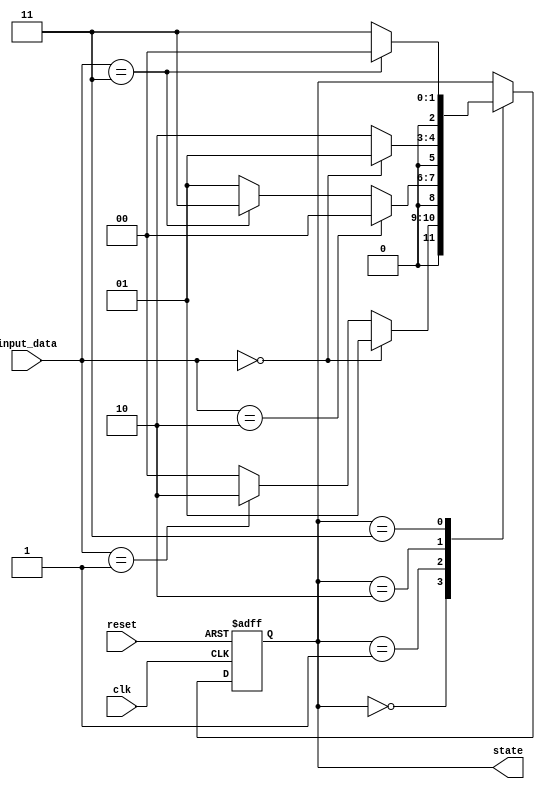
module Moore_State_Machine (
  input clk,
  input reset,
  input [1:0] input_data,
  output reg [2:0] state
);

// Define states
parameter S0 = 3'b000;
parameter S1 = 3'b001;
parameter S2 = 3'b010;
parameter S3 = 3'b011;

// State register
always @(posedge clk or posedge reset) begin
  if (reset) begin
    state <= S0;
  end else begin
    case (state)
      S0: begin
        if (input_data == 2'b00) begin
          state <= S1;
        end else if (input_data == 2'b01) begin
          state <= S2;
        end else begin
          state <= S0;
        end
      end
      S1: begin
        if (input_data == 2'b10) begin
          state <= S0;
        end else if (input_data == 2'b11) begin
          state <= S3;
        end else begin
          state <= S1;
        end
      end
      S2: begin
        if (input_data == 2'b00) begin
          state <= S1;
        end else if (input_data == 2'b10) begin
          state <= S2;
        end else begin
          state <= S2;
        end
      end
      S3: begin
        if (input_data == 2'b11) begin
          state <= S0;
        end else begin
          state <= S3;
        end
      end
    endcase
  end
end

// Output generation based on current state
always @(*) begin
  case (state)
    S0: begin
      // generate output based on state S0
    end
    S1: begin
      // generate output based on state S1
    end
    S2: begin
      // generate output based on state S2
    end
    S3: begin
      // generate output based on state S3
    end
  endcase
end

endmodule